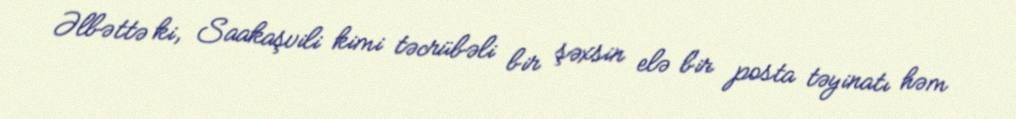
Əlbəttə ki, Saakaşvili kimi təcrübəli bir şəxsin elə bir posta təyinatı həm